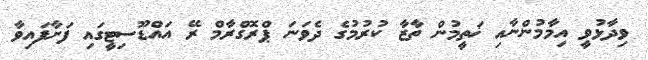
ވިދާޅުވީ އިމާމުންނާއި ޚަތީމުން ތާޒާ ކުރުމުގެ ދެވަނަ ޕްރޮގްރާމް ރޭ އައްޑޫސިޓީގައި ފަށާފައިވާ